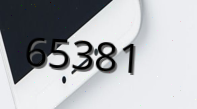
65381